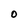
Character: O